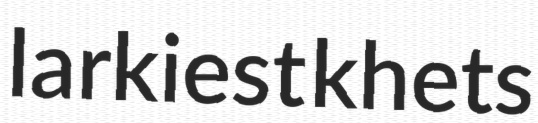
larkiest khets